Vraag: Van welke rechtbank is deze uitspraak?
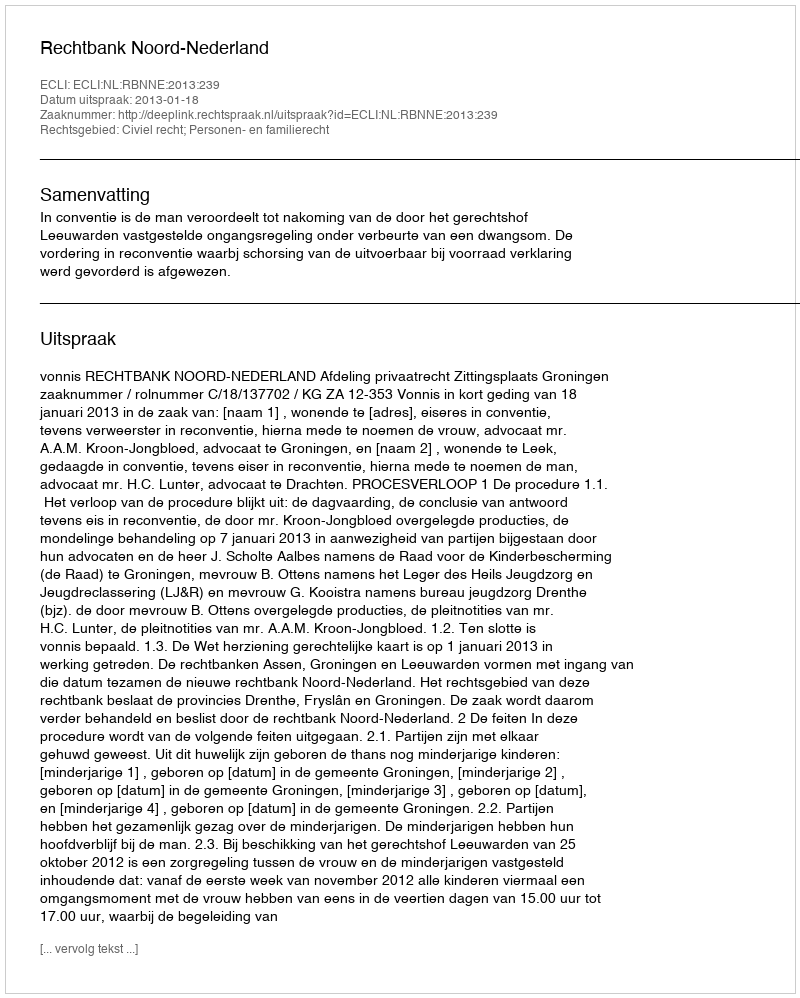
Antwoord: Rechtbank Noord-Nederland